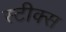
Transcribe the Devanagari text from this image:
स्टीक्स